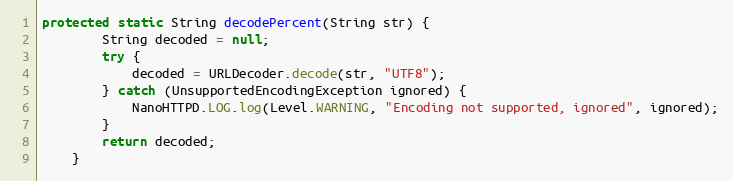
Language: Java
protected static String decodePercent(String str) {
        String decoded = null;
        try {
            decoded = URLDecoder.decode(str, "UTF8");
        } catch (UnsupportedEncodingException ignored) {
            NanoHTTPD.LOG.log(Level.WARNING, "Encoding not supported, ignored", ignored);
        }
        return decoded;
    }